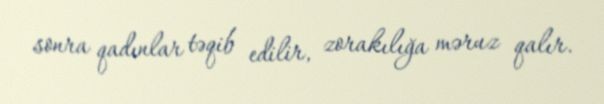
sonra qadınlar təqib edilir, zorakılığa məruz qalır.